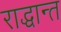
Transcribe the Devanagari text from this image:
राद्धान्त